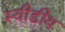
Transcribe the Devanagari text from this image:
स्वीडीय